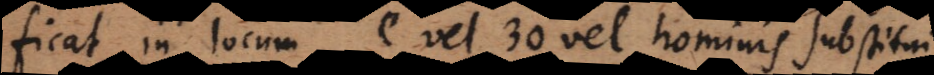
ficat in locum e vel 30 vel hominis substitui